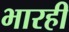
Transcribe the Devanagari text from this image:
भारही